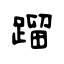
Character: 蹓